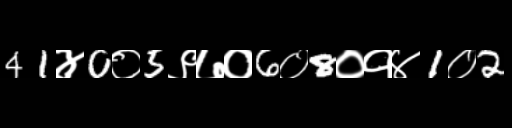
Text: 41४0०5९७०6०8०१४1०2